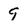
Character: 9